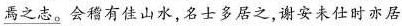
\underline{焉之志。}会穖有佳山水，名士多居之，谢安未仕时亦居